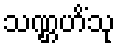
သဏ္ဌဟိံသု